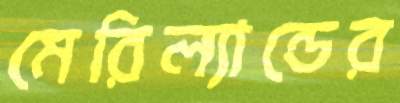
মেরিল্যান্ডের